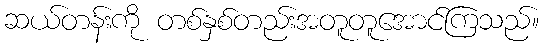
ဆယ်တန်းကို တစ်နှစ်တည်းအတူတူအောင်ကြသည်။